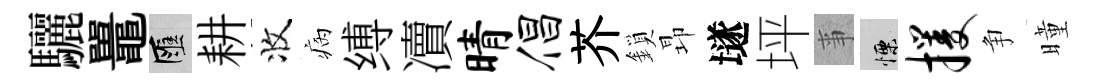
驪鼉匯耕收病缚凟晴倡芥鎖昻𡑞坪亊慄攫争曈